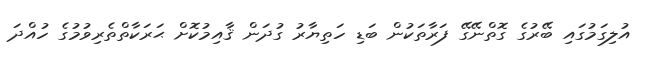
އުލިގަމުގައި ބޭރުގެ ގޮތްނޭގޭ ފަރާތަކުން ބަޑި ހަތިޔާރު ގުދަން ޤާއިމުކޮށް ޙަރަކާތްތެރިވުމުގެ ހުއްދަ